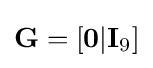
\mathbf {G} =[\mathbf {0} |\mathbf {I} _{9}]